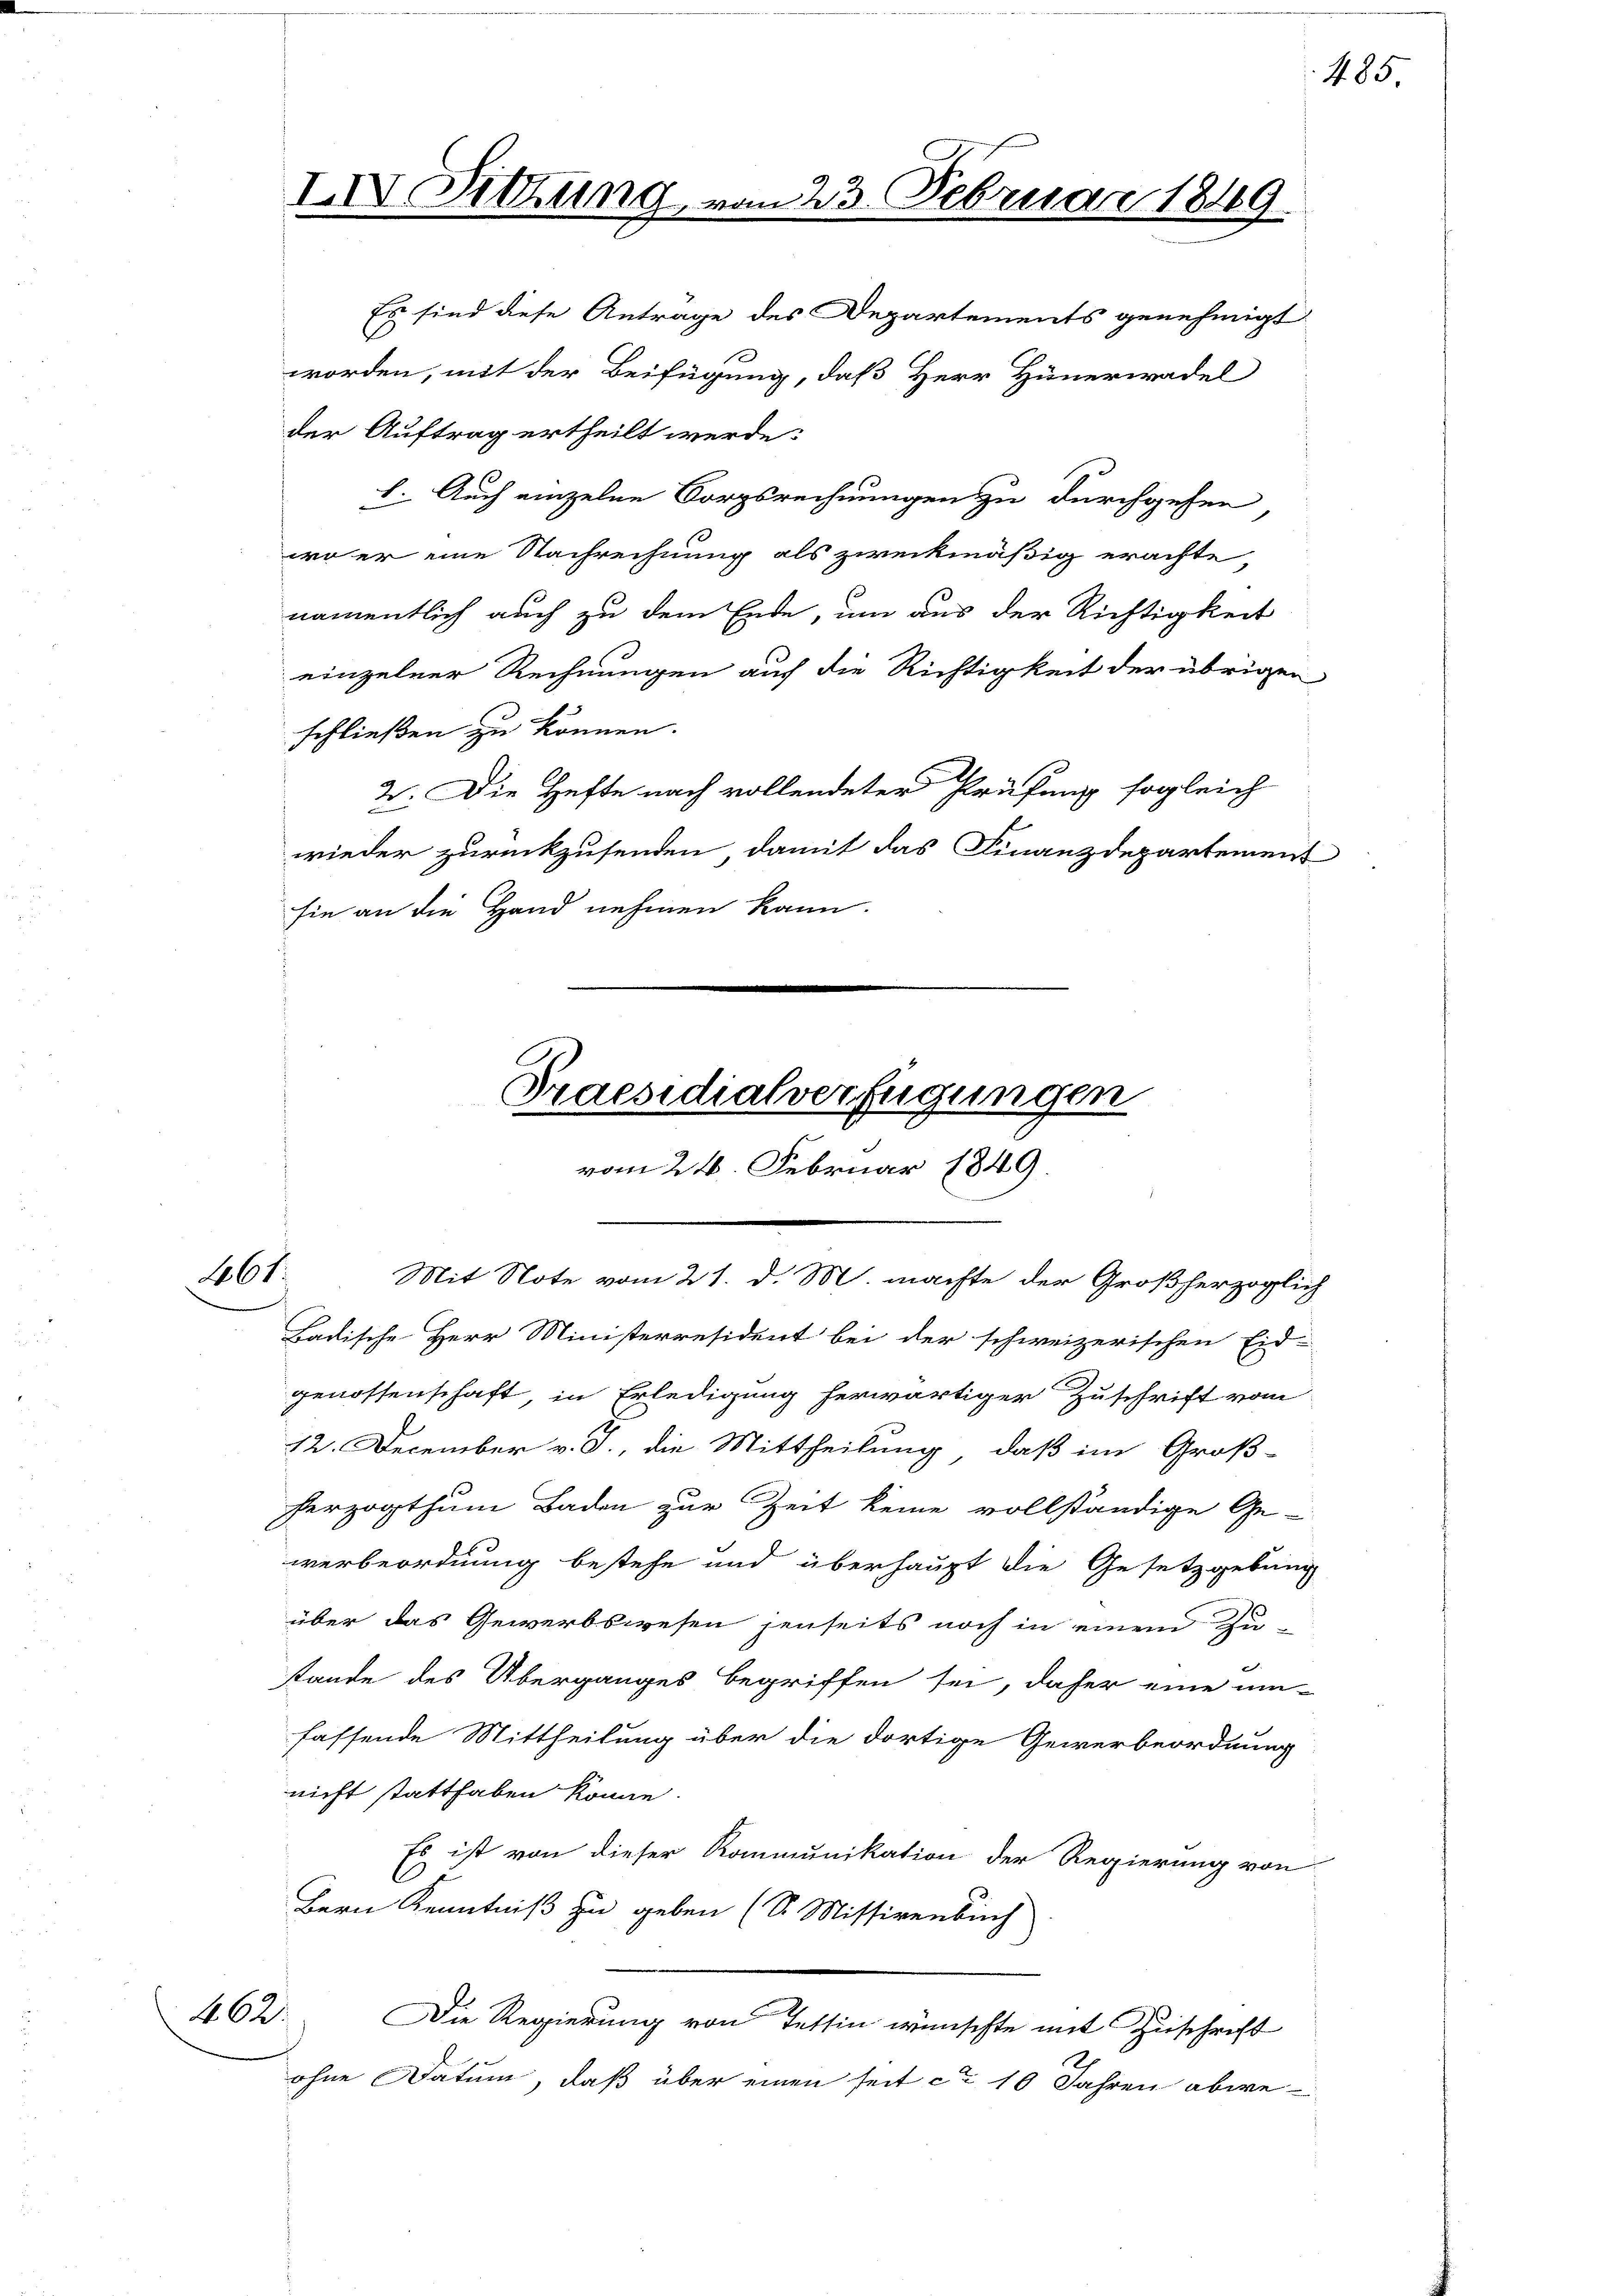
1661.

462.

Es sind diese Antrage des Departements genehmigt
worden, mit der Beifügung, daß Herr Hünerwadel
1. Auch einzelne Sorgsrechnungen zu durchgehen,
wo er eine Nachrechnung als zweckmäßig erachte,
namentlich auch zu dem Ende, um aus der Richtigkeit
einzelner Rechnungen auf die Richtigkeit der übrigen
schließen zu können.
2. Die Hefte nach vollendeter Prüfung sogleich
wieder zurückzusenden, damit das Finanzdepartement
sie an die Hand nehmen kann.

der Auftrag ertheilt werde.

IIV. Sitzung vom 23. Februar 1849

Praesidialverfügungen
vom 24. Februar 1849.
.
Mit Note vom 21. d. M. machte der Großherzoglich

Badische Herr Ministerresident bei der schweizerischen Eid-
genossenschaft in Erledigung herwärtiger Zuschrift vom
12. December v. J., die Mittheilung, daß im Groß-
herzogthum Baden zur Zeit keine vollständige Ge-
werbeordnung bestehe und überhaupt die Gesetzgebung
über das Gewerbswesen jenseits noch in einem Zu-
stande des Überganges begriffen sei, daher eine um-
fassende Mittheilung über die dortige Gewerbeordnung
nicht statthaben könne.
Es ist von dieser Kommunikation der Regierung von
Bern Kenntniß zu geben (S. Missivenbuch
Die Regierung von Tessin wünschte mit Zuschrift
ohne Datum, daß über einen seit ca 10 Jahren abwe¬

485.